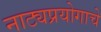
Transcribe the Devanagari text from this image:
नाट्यप्रयोगाचे